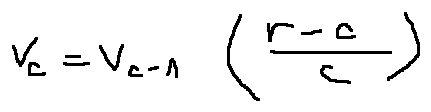
v _ { c } = v _ { c - 1 } ( \frac { r - c } { c } )